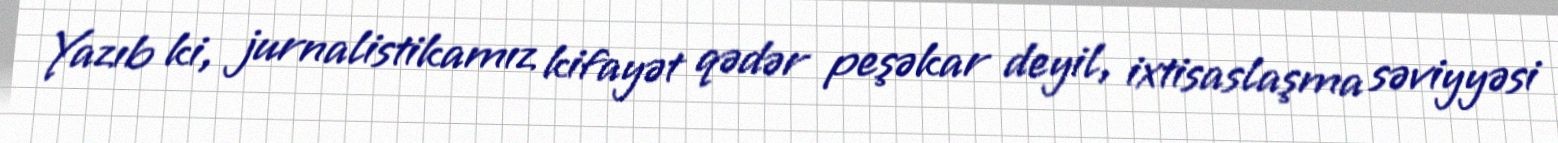
Yazıb ki, jurnalistikamız kifayət qədər peşəkar deyil, ixtisaslaşma səviyyəsi